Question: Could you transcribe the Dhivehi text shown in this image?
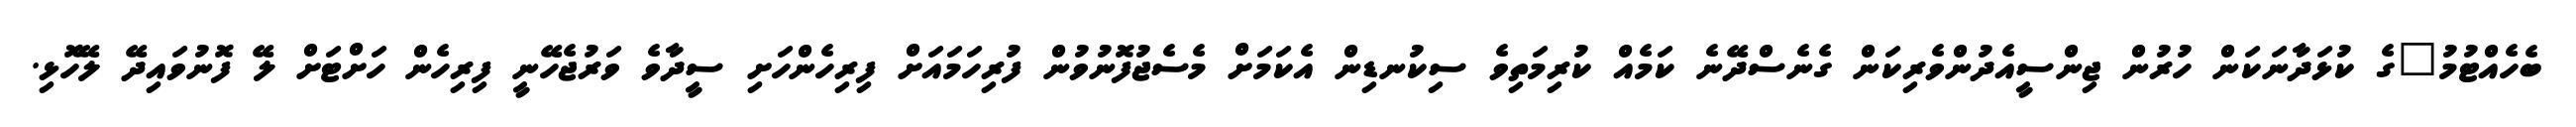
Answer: ބެހެއްޓުމު"ގެ ކުޅަދާނަކަން ހުރުން ޖިންސީއެދުންވެރިކަން ގެނެސްދޭނެ ކަމެއް ކުރިމަތިވެ ސިކުނޑިން އެކަމަށް މެސެޖުފޮނުވުން ފުރިހަމައަށް ފިރިހެންހަށި ސީދާވެ ވަރުޖެހޭނީ ފިރިހެން ހަށްޓަށް ލޭ ފޮނުވައިދޭ ލޭހޮޅި.